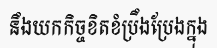
នឹងយកកិច្ចខិតខំប្រឹងប្រែងក្នុង